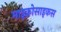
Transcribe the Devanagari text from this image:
माइक्रोसाइकस